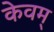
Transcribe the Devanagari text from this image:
केवम्